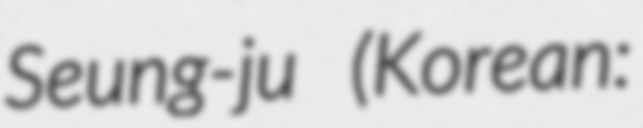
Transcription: Seung-ju (Korean: